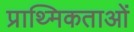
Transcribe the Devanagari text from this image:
प्राथ्मिकताओं